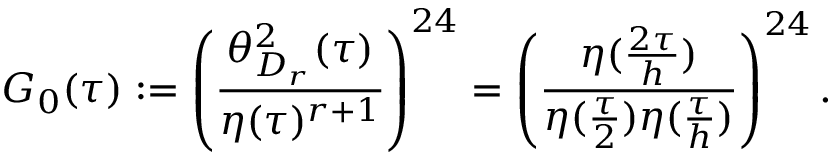
G _ { 0 } ( \tau ) : = \left( \frac { \theta _ { D _ { r } } ^ { 2 } ( \tau ) } { \eta ( \tau ) ^ { r + 1 } } \right) ^ { 2 4 } = \left( \frac { \eta ( \frac { 2 \tau } { h } ) } { \eta ( \frac { \tau } { 2 } ) \eta ( \frac { \tau } { h } ) } \right) ^ { 2 4 } .